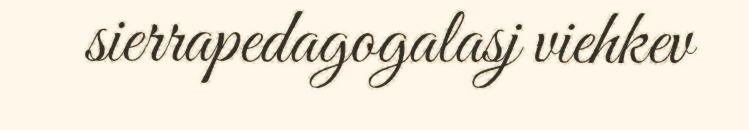
sierrapedagogalasj viehkev